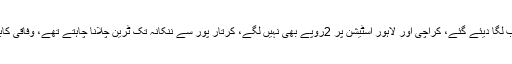
انہوں نے کہا کہ نارووال سٹیشن پر 5ارب لگا دیئے گئے، کراچی اور لاہور اسٹیشن پر 2روپے بھی نہیں لگے، کرتار پور سے ننکانہ تک ٹرین چلانا چاہتے تھے، وفاقی کابینہ نے ٹرین چلانے کی اجازت نہیں دی۔